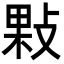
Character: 敤